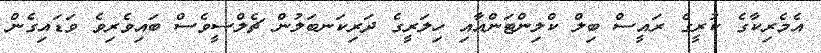
އެމެރިކާގެ ކުރީގެ ރައީސް ބިލް ކްލިންޓަންއާއި ހިލަރީގެ ދަރިކަނބަލުން ޗެލްސީވެސް ބައިވެރިވެ ވަޑައިގެން